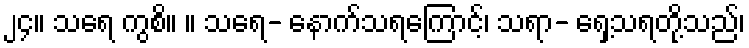
၂၄။ သရေ ကွစိ။ ။ သရေ- နောက်သရကြောင့်၊ သရာ- ရှေ့သရတို့သည်၊